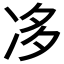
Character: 𠗄